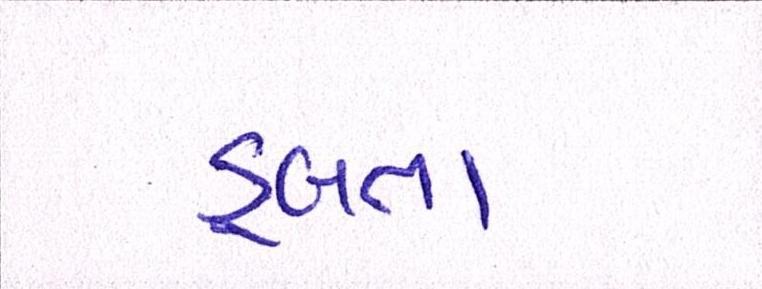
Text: ડૂબતા